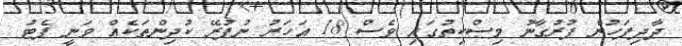
ދާދިފަހުން ފުރުގާނު މިސްކިތުގައި ވެސް 18 އަހަރު ނުފުރޭ ކުދިންތަކެއް ވަނީ ޕެޓު